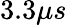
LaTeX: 3.3\mu s